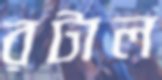
রটাল